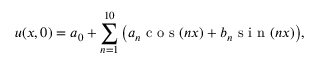
u ( x , 0 ) = a _ { 0 } + \sum _ { n = 1 } ^ { 1 0 } \big ( a _ { n } \mathrm { ~ c ~ o ~ s ~ } ( n x ) + b _ { n } \mathrm { ~ s ~ i ~ n ~ } ( n x ) \big ) ,